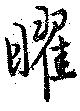
曜